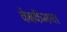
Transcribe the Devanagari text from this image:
वेबकॅमचा